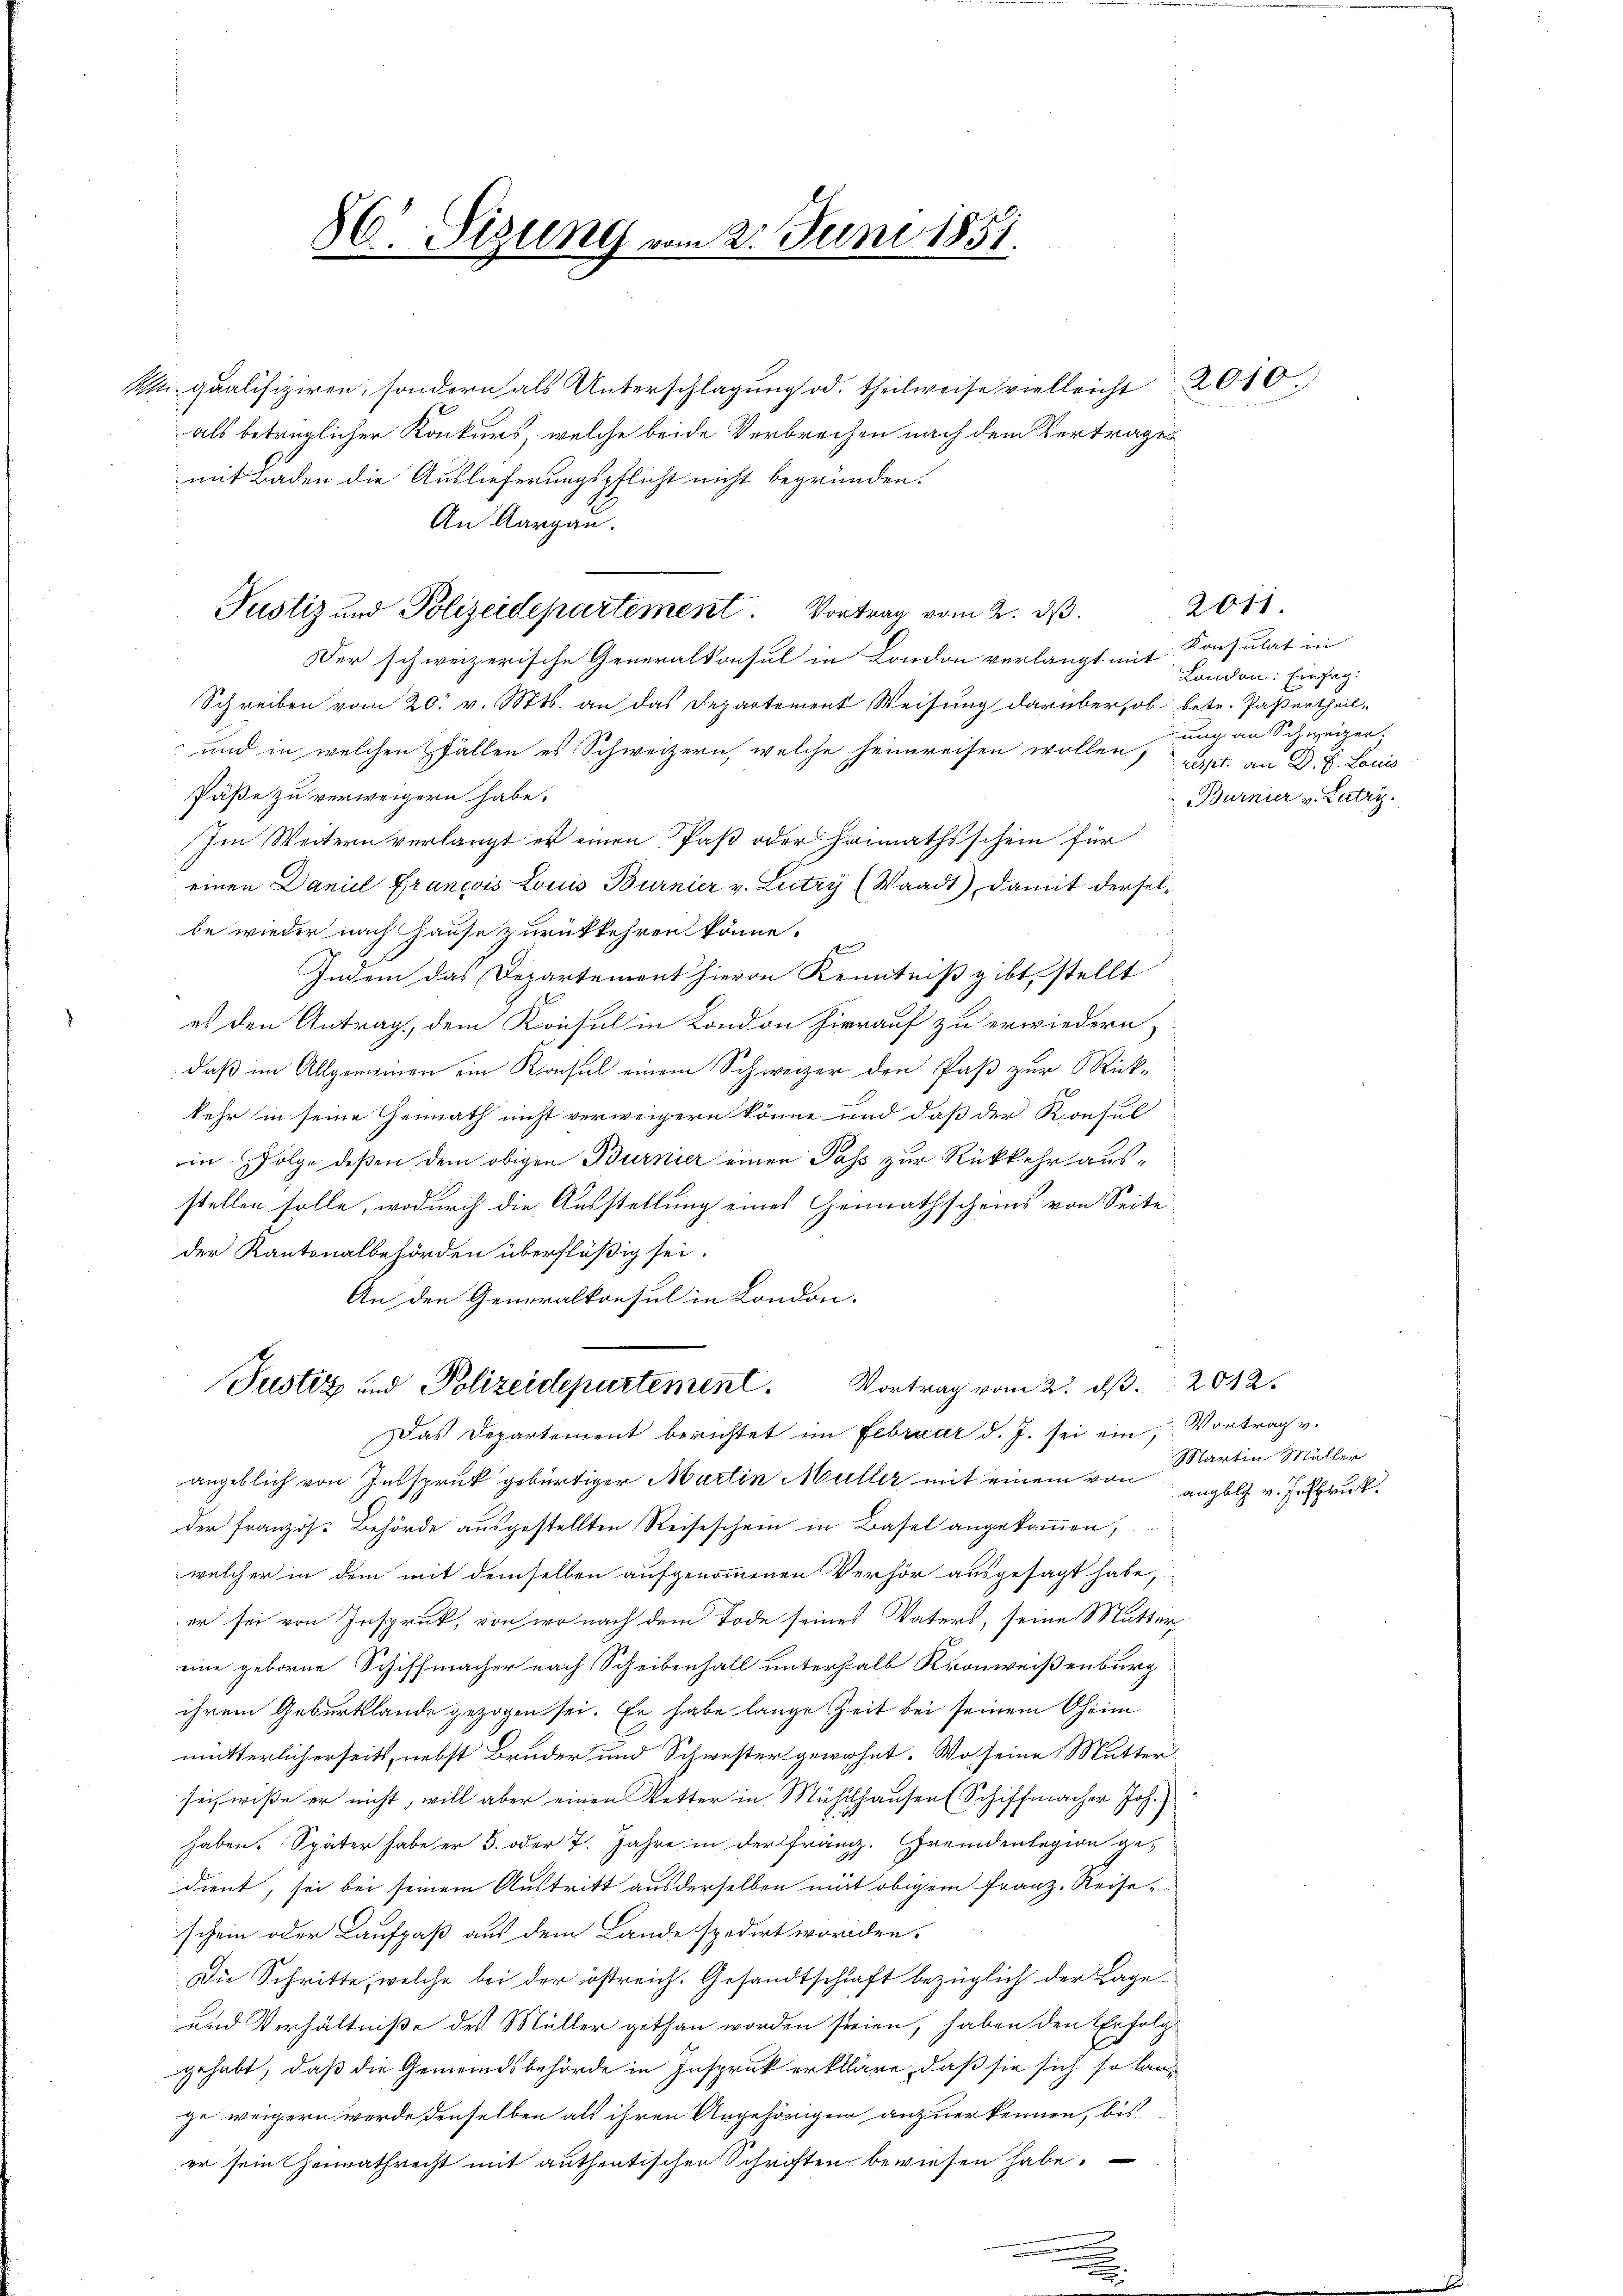
86. Sizung vom 2. Juni 1851.

Justiz und Polizeidepartement. Vortrag vom 2. ds.
Der schweizerische Generalkonsul in London verlangt mit

n qualifiziren, sondern als Unterschlagung od. theilweise vielleicht
als betrüglicher Konkurs, welche beide Verbrechen nach dem Vertrages
mit Baden die Auslieferungspflicht nicht begründen.
An Aargau.
Schreiben vom 20. v. Mts. an das Departement Weisung darüber, ob betr. Passertheil-
und in welchen Pfällen es Schweizern, welche heimreisen wollen, part. an D. P. Lauis
Päße zu verweigern habe.
Im Weitern verlangt es einen Paß oder Heimathsschein für
einen Daniel Grancois Louis Burnier v. Lutry (Waadt), damit derselbe wieder nach Hause zurückkehren könne.
en
Indem das Departement hievon Kenntniß gibt, stellt
es den Antrag, dem Konsul in London hierauf zu erwiedern,
daß im Allgemeinen ein Konsul einem Schweizer den Paß zur Rück-
kehr in seine Gemüth nicht verweigern könne und daß der Konsul
ein Folge deßen dem obigen Burnier einen Pass zur Rückkehr ausstellen solle, wodurch die Ausstellung eines Heimathscheins von Seite
der Kantonalbehörden überflüßig sei.
An den Generalkonsul in London.

Justiz und Polizeidepartement. Vortrag vom 2. ds. 2042

Das Departement berichtet im Februar d. J. sei ein Vortrag v.
angeblich von Inspruck gebürtiger Martin Müller mit einem von angeli v. Insbruk.
der Französ. Behörde ausgestellten Reiseschein in Basel angekommen,
welcher in dem mit demselben aufgenommenen Verhör ausgesagt habe,
er sei von Inspruck, von wo nach dem Tode seines Vaters, seine Mutter
eine geborne Schiffmacher nach Scheibenhall unterhalb Kronweisenburg
ihrem Geburtslande gezogen sei. Er habe lange Zeit bei seinem Oheim
mutterlicherseits, nebst Bruder und Schwester gewohnt. Wo seine Muttersei, wiße er nicht, will aber einen Vetter in Mühlhausen (Schiffmacher Joh.)
haben. Später habe er 5. oder 7. Jahre in der Franz. Fremdenlegion gedient, sei bei seinem Austritt aus derselben mit obigem Franz. Reise-
schein oder Kaufpaß aus dem Lande spedirt worden.
Die Schritte, welche bei der östreich. Gesandtschaft bezüglich der Lage.
und Verhältniße des Müller gethan worden seien, haben den Erfolggehabt, daß die Gemeindsbehörde in Inspruck erkläre, daß sie sich so lanzo weigern werde denselben als ihren Angehörigen anzuerkennen, bis
er sein Heimathrecht mit authentischen Schriften bewiesen habe.

2010.)

Konsulat in
Landen: Einfeg
ung an Schweizer.
Burnier v. Lutry.

2011.

Martin Müller